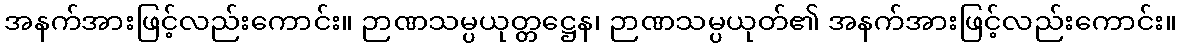
အနက်အားဖြင့်လည်းကောင်း။ ဉာဏသမ္ပယုတ္တဋ္ဌေန၊ ဉာဏသမ္ပယုတ်၏ အနက်အားဖြင့်လည်းကောင်း။